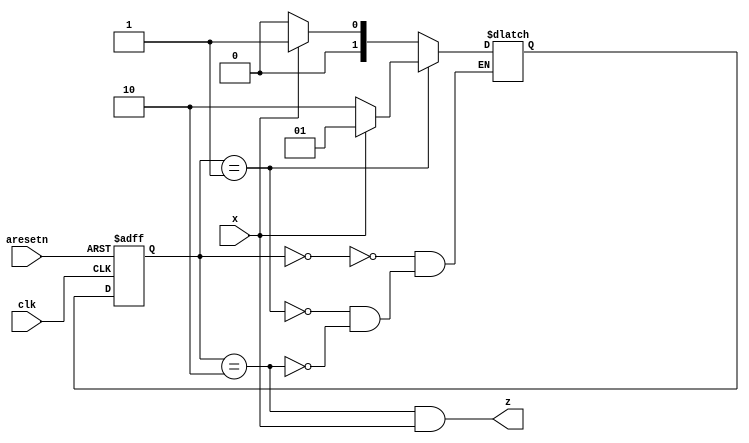
module top_module (
    input clk,
    input aresetn,    // Asynchronous active-low reset
    input x,
    output z ); 
    
    parameter S0=2'b00,S1=2'b01,S2=2'b10;
    reg [1:0] state,next_state;
    always@(posedge clk or negedge aresetn)begin
        if(!aresetn) state = S0;
        else state = next_state;
    end
    always@(*)begin
        case(state)
            S0:next_state = x?S1:S0;
            S1:next_state = x?S1:S2;
            S2:next_state = x?S1:S0;
        endcase
    end
    always@(*)begin
        z=(state==S2)&(x);
    end

endmodule